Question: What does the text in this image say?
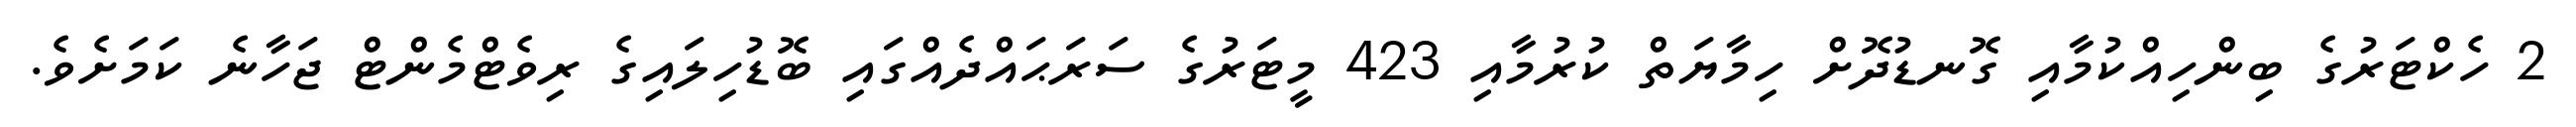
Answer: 2 ހެކްޓަރުގެ ބިންހިއްކުމާއި ގޮނޑުދޮށް ހިމާޔަތް ކުރުމާއި 423 މީޓަރުގެ ސަރަޙައްދެއްގައި ބޮޑުހިލައިގެ ރިވެޓްމެންޓް ޖަހާނެ ކަމަށެވެ.